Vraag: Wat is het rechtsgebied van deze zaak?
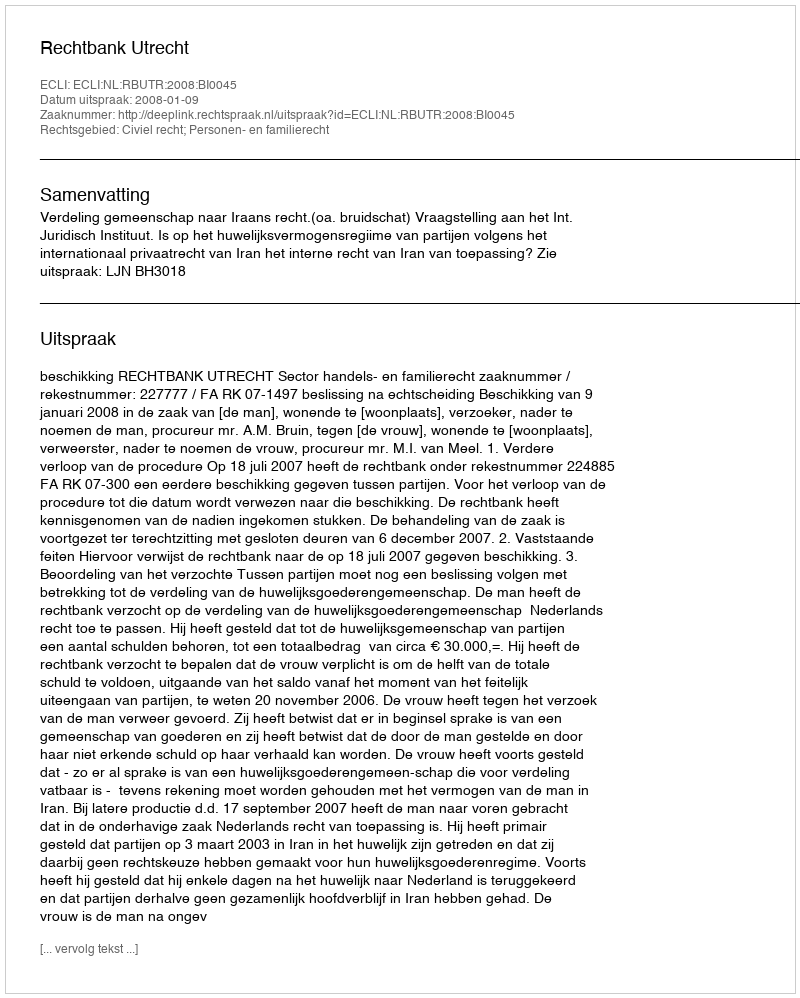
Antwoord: Civiel recht; Personen- en familierecht